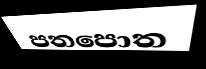
පතපොත